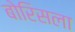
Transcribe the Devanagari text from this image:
बोरिसला